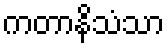
ကတာနိသံသာ